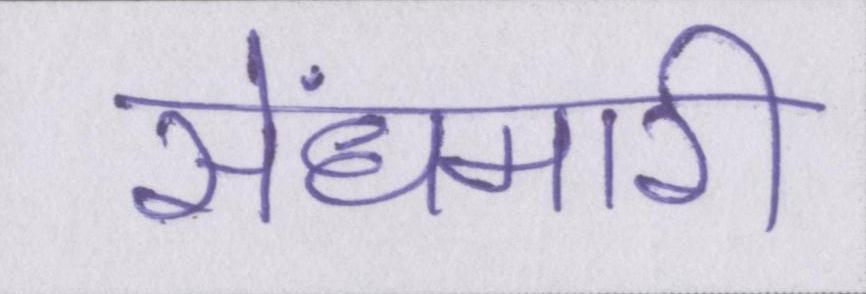
सेंधमारी